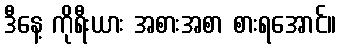
ဒီနေ့ ကိုရီးယား အစားအစာ စားရအောင်။